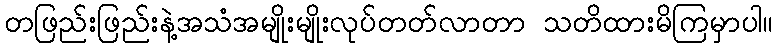
တဖြည်းဖြည်းနဲ့အသံအမျိုးမျိုးလုပ်တတ်လာတာ သတိထားမိကြမှာပါ။